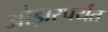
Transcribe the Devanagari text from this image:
ओझरपर्यंत